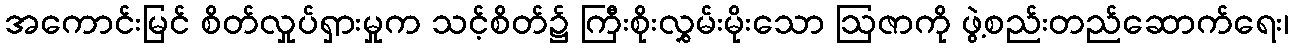
အကောင်းမြင် စိတ်လှုပ်ရှားမှုက သင့်စိတ်၌ ကြီးစိုးလွှမ်းမိုးသော ဩဇာကို ဖွဲ့စည်းတည်ဆောက်ရေး၊